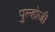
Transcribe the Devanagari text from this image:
पुल्होजी